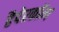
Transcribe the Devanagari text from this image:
हैपेरकॉम्प